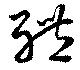
体